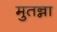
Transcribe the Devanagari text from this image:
मुतन्ना